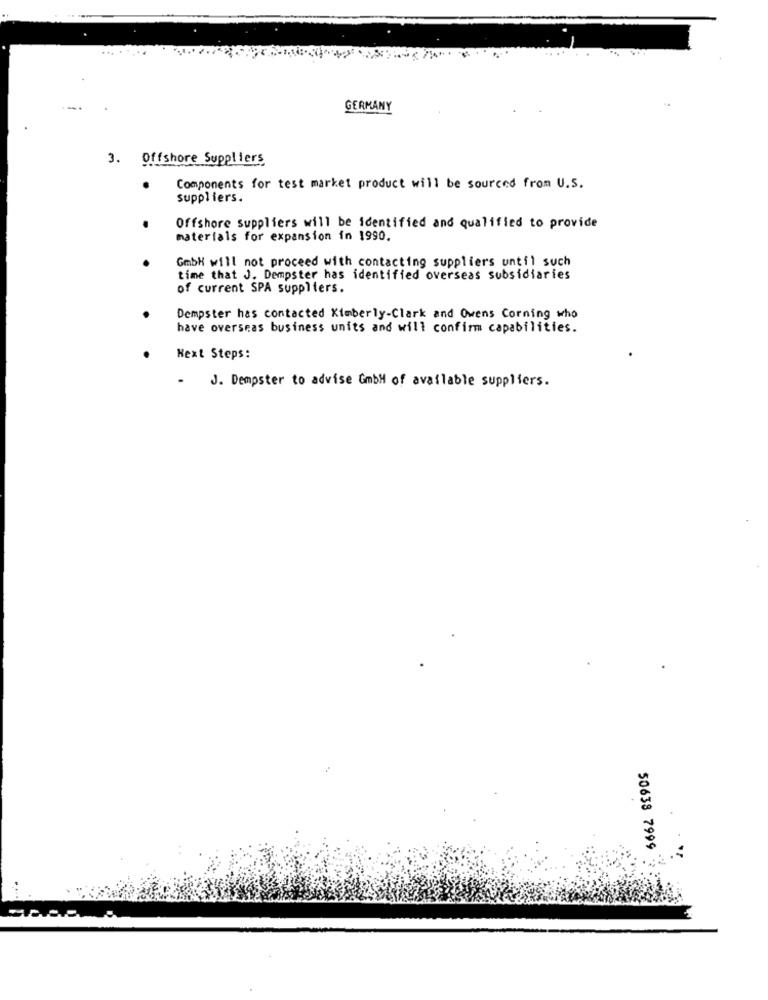
GERMANY
3. Offshore Suppliers
Components for test market product will be sourced from U.S.
suppliers.
Offshore Suppliers will be identified and qualified to provide
materials for expansion in 1990.
GmbH will not proceed with contacting suppliers until such
time that J. Dempster has identified overseas subsidiaries
of current SPA suppliers.
Dempster has contacted Kimberly-Clark and Owens Corning who
have overseas business units and will confirm capabilities.
Next Steps:
.
J. Dempster to advise GmbH of available suppliers.
50638 7999